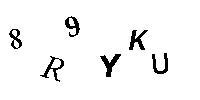
8R9YKU